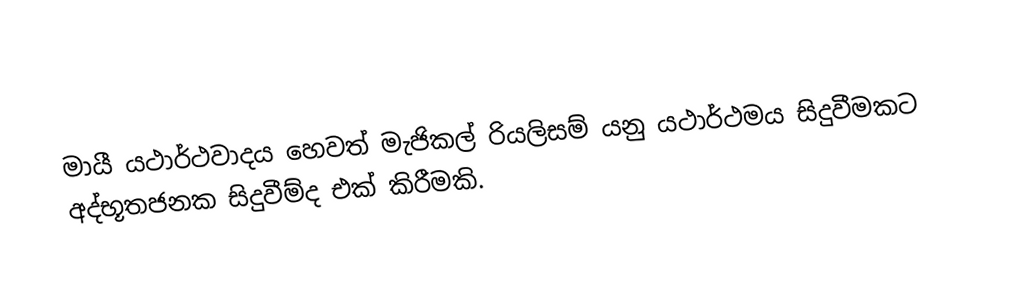
මායී යථාර්ථවාදය හෙවත් මැජිකල් රියලිසම් යනු යථාර්ථමය සිදුවීමකට අද්භූතජනක සිදුවීම්ද එක් කිරීමකි.